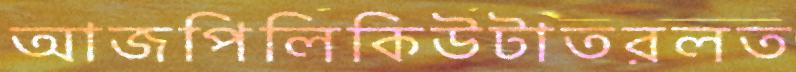
আজপিলিকিউটাতরলত